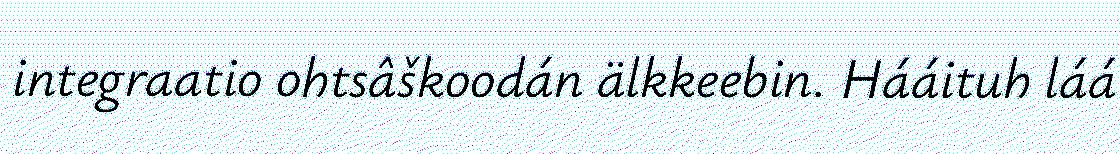
integraatio ohtsâškoodán älkkeebin. Hááituh láá